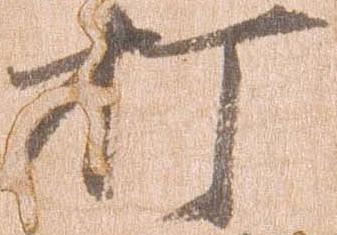
打